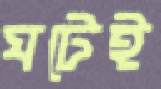
ঘটেই